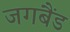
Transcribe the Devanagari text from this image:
जगबैंड